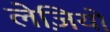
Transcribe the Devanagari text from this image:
लेज़ियो